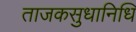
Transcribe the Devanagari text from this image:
ताजकसुधानिधि